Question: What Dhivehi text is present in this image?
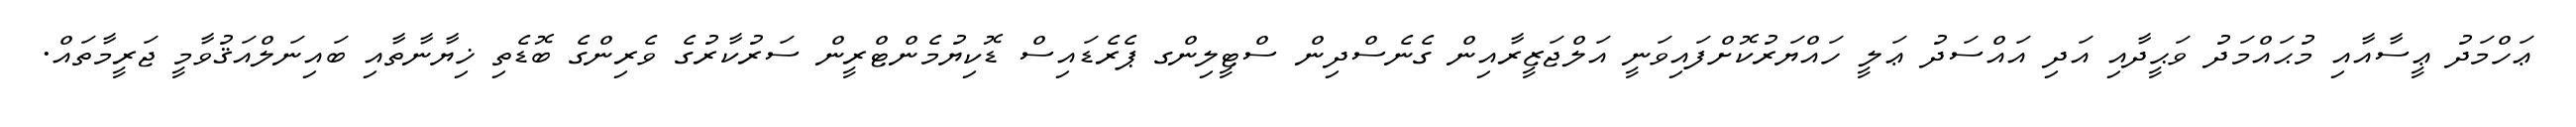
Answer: ޢަހްމަދު ޢީސާއާއި މުޙައްމަދު ވަޙީދާއި އަދި އައްސަދު ޢަލީ ހައްޔަރުކޮށްފައިވަނީ އަލްޖަޒީރާއިން ގެނެސްދިން ސްޓީލިންގ ޕެރެޑައިސް ޑޮކިޔުމެންޓްރީން ސަރުކާރުގެ ވެރިންގެ ބޮޑެތި ޚިޔާނާތާއި ބައިނަލްއަޤުވާމީ ޖަރީމާތައް.